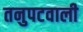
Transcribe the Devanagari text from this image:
तनुपटवाली